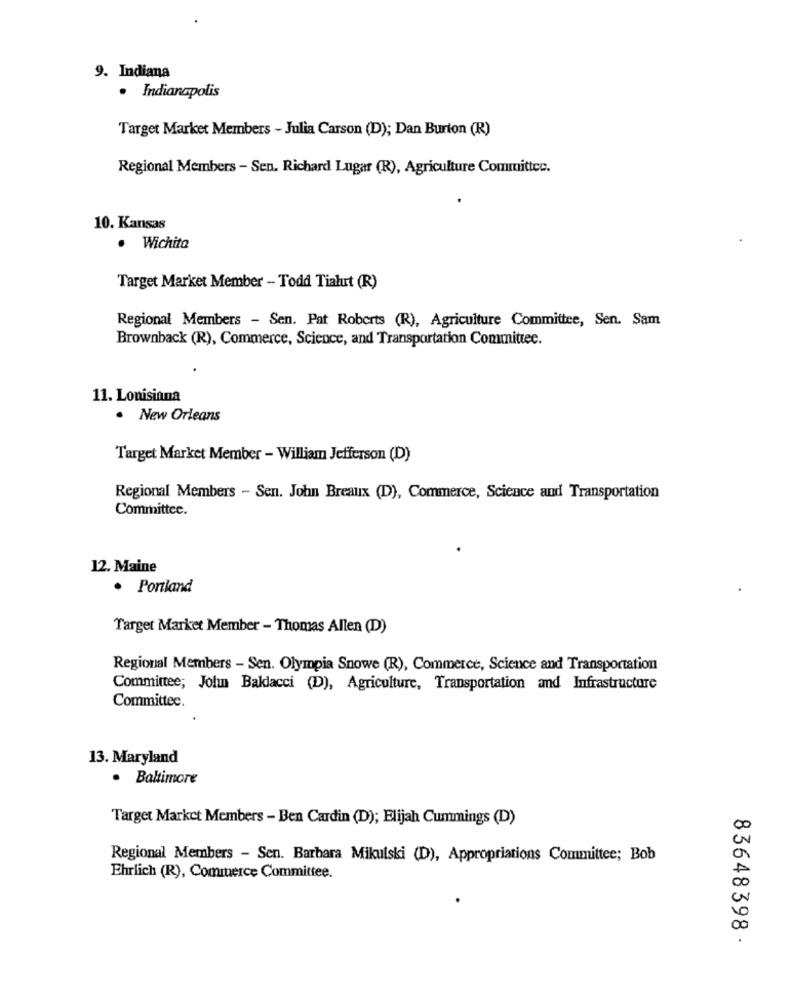
9. Indiana
· Indianapolis
Target Market Members - Julia Carson (D); Dan Burton (R)
Regional Members - Sen. Richard Lugar (R), Agriculture Committec.
10. Kansas
. Wichita
Target Market Member - Todd Tialut (R)
Regional Members - Sen. Pat Roberts (R), Agriculture Committee, Sen. Sam
Brownback (R), Commerce, Science, and Transportation Committee.
11. Lonisinna
. New Orleans
Target Market Member - William Jefferson (D)
Regional Members - Sen. John Breaux (D), Commerce, Science and Transportation
Committee.
12. Maine
Portland
Target Market Member - Thomas Allen (D)
Regional Members - Sen. Olympia Snowe (R), Commerce, Science and Transportation
Committee; Jolu Baklacci (D), Agriculture, Transportation and Infrastructure
Committec.
13. Maryland
· Baltimore
Target Market Members - Ben Cardin (D); Elijah Cummings (D)
00
Regional Members - Sen. Barbara Mikulski (D), Appropriations Committee; Bob
Ehrlich (R), Commerce Committee.
00
83648398.